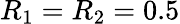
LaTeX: R_{1}=R_{2}=0.5